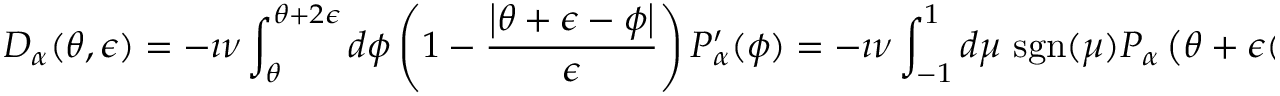
D _ { \alpha } ( \theta , \epsilon ) = - \i \nu \int _ { \theta } ^ { \theta + 2 \epsilon } d \phi \left( 1 - \frac { \left| \theta + \epsilon - \phi \right| } { \epsilon } \right) P _ { \alpha } ^ { \prime } ( \phi ) = - \i \nu \int _ { - 1 } ^ { 1 } d \mu \mathrm { ~ s g n } ( \mu ) P _ { \alpha } \left( \theta + \epsilon ( 1 + \mu ) \right)